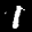
Label: 1